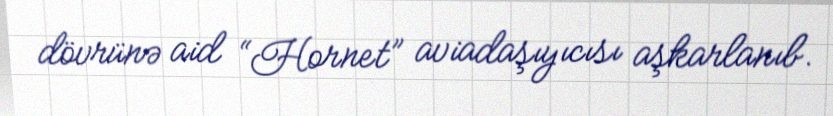
dövrünə aid “Hornet” aviadaşıyıcısı aşkarlanıb.